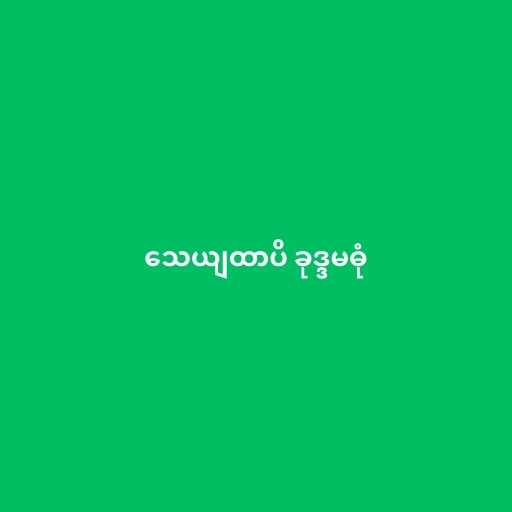
သေယျထာပိ ခုဒ္ဒမဓုံ